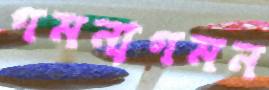
গমনাগমন